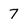
Character: 7